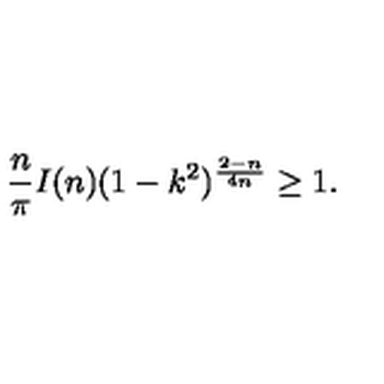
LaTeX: \frac { n } { \pi } I ( n ) ( 1 - k ^ { 2 } ) ^ { \frac { 2 - n } { 4 n } } \geq 1 .